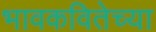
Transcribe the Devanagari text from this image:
भावकवितेच्या